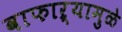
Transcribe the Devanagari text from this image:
वाफाऱ्यामुळे